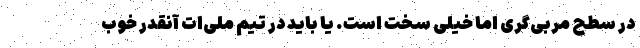
در سطح مربی‌گری اما خیلی سخت است. یا باید در تیم ملی‌ات آنقدر خوب